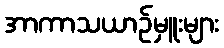
အာကာသယာဉ်မှူးများ